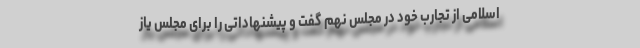
اسلامی از تجارب خود در مجلس نهم گفت و پیشنهاداتی را برای مجلس یاز